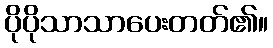
ပိုပိုသာသာပေးတတ်၏။